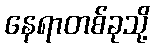
နေရာတစ်ခုသို့